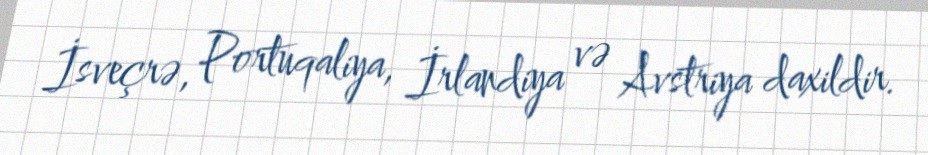
İsveçrə, Portuqaliya, İrlandiya və Avstriya daxildir.